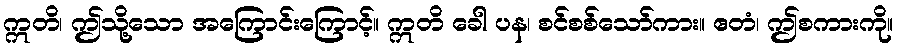
ဣတိ၊ ဤသို့သော အကြောင်းကြောင့်။ ဣတိ ခေါ ပန၊ စင်စစ်သော်ကား။ ဧတံ၊ ဤစကားကို။